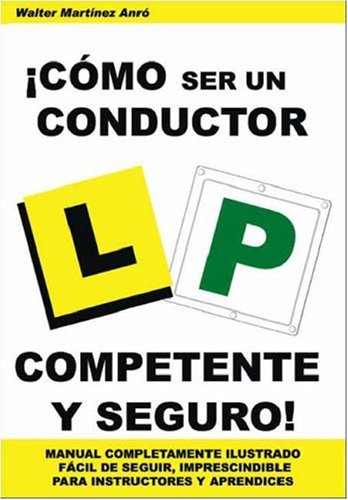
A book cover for !Como Ser Un Conductor Competente Y Seguro! (Spanish Edition); Test Preparation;